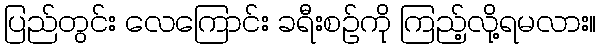
ပြည်တွင်း လေကြောင်း ခရီးစဉ်ကို ကြည့်လို့ရမလား။